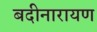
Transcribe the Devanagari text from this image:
बदीनारायण